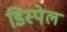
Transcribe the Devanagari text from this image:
डिस्पेल